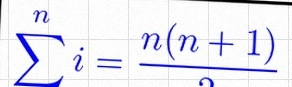
\sum_{i=1}^{n}i=\frac{n(n+1)}2